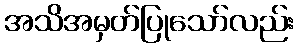
အသိအမှတ်ပြုသော်လည်း